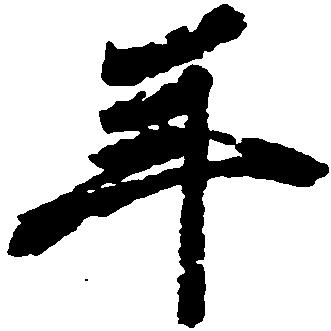
年